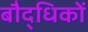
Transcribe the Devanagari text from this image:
बौद्धिकों